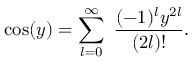
\cos ( y ) = \sum _ { l = 0 } ^ { \infty } \ \frac { ( - 1 ) ^ { l } y ^ { 2 l } } { ( 2 l ) ! } .